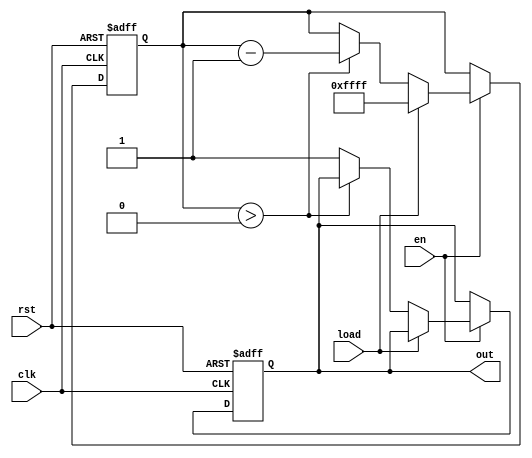
module Countdown_timer(
  input wire clk,
  input wire rst,
  input wire en,
  input wire load,
  output reg out
);

reg [15:0] count;

always @(posedge clk or posedge rst) begin
  if (rst) begin
    count <= 16'h0000;
    out <= 1'b0;
  end else if (en) begin
    if (load) begin
      count <= 16'hFFFF;
    end else if (count > 0) begin
      count <= count - 1;
    end else begin
      out <= 1'b1;
    end
  end
end

endmodule